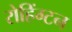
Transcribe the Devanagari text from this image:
रोहिंग्टन